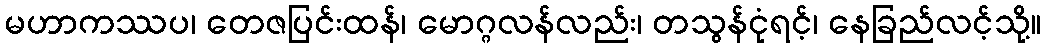
မဟာကဿပ၊ တေဇပြင်းထန်၊ မောဂ္ဂလန်လည်း၊ တသွန်ငုံရင့်၊ နေခြည်လင့်သို့။